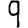
Digit: 9